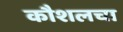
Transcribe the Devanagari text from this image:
कौशलचा